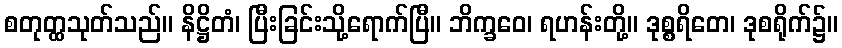
စတုတ္ထသုတ်သည်။ နိဋ္ဌိတံ၊ ပြီးခြင်းသို့ရောက်ပြီ။ ဘိက္ခဝေ၊ ရဟန်းတို့။ ဒုစ္စရိတေ၊ ဒုစရိုက်၌။